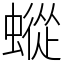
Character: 䗥